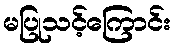
မပြုသင့်ကြောင်း